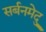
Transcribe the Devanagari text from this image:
सर्बनमेदु